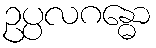
ဥပ္ပလဂန္ဓော